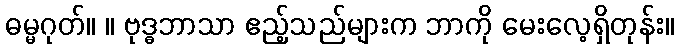
ဓမ္မဂုတ်။ ။ ဗုဒ္ဓဘာသာ ဧည့်သည်များက ဘာကို မေးလေ့ရှိတုန်း။